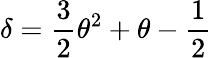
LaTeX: \delta=\frac{3}{2}\theta^{2}+\theta-\frac{1}{2}